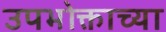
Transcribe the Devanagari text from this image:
उपभोक्ताच्या